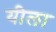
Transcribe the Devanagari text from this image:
यीला